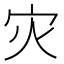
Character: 灾